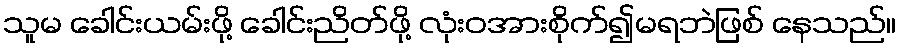
သူမ ခေါင်းယမ်းဖို့ ခေါင်းညိတ်ဖို့ လုံးဝအားစိုက်၍မရဘဲဖြစ် နေသည်။